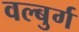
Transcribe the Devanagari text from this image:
वल्बुर्ग